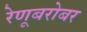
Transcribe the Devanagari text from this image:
रेणूबरोबर